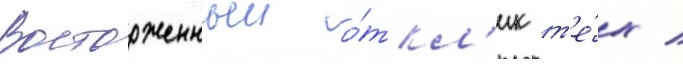
Восторженныи о́ткл'ик т'е́х /